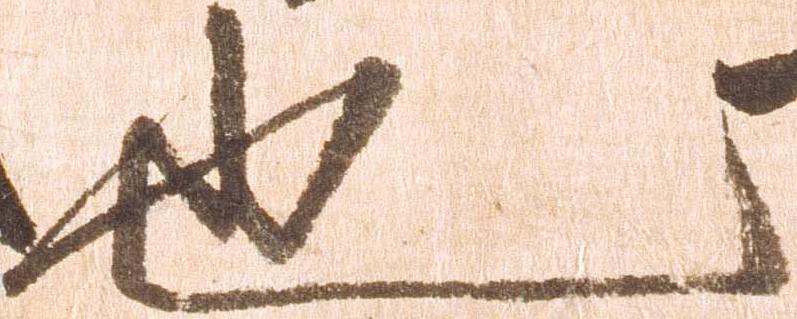
也